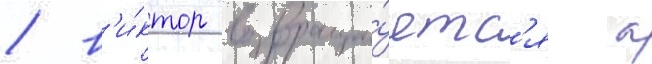
/ в'и́ктор возвраща́етс'я к